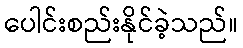
ပေါင်းစည်းနိုင်ခဲ့သည်။